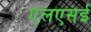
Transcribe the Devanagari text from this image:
एलएसई